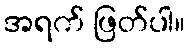
အရက် ဖြတ်ပါ။